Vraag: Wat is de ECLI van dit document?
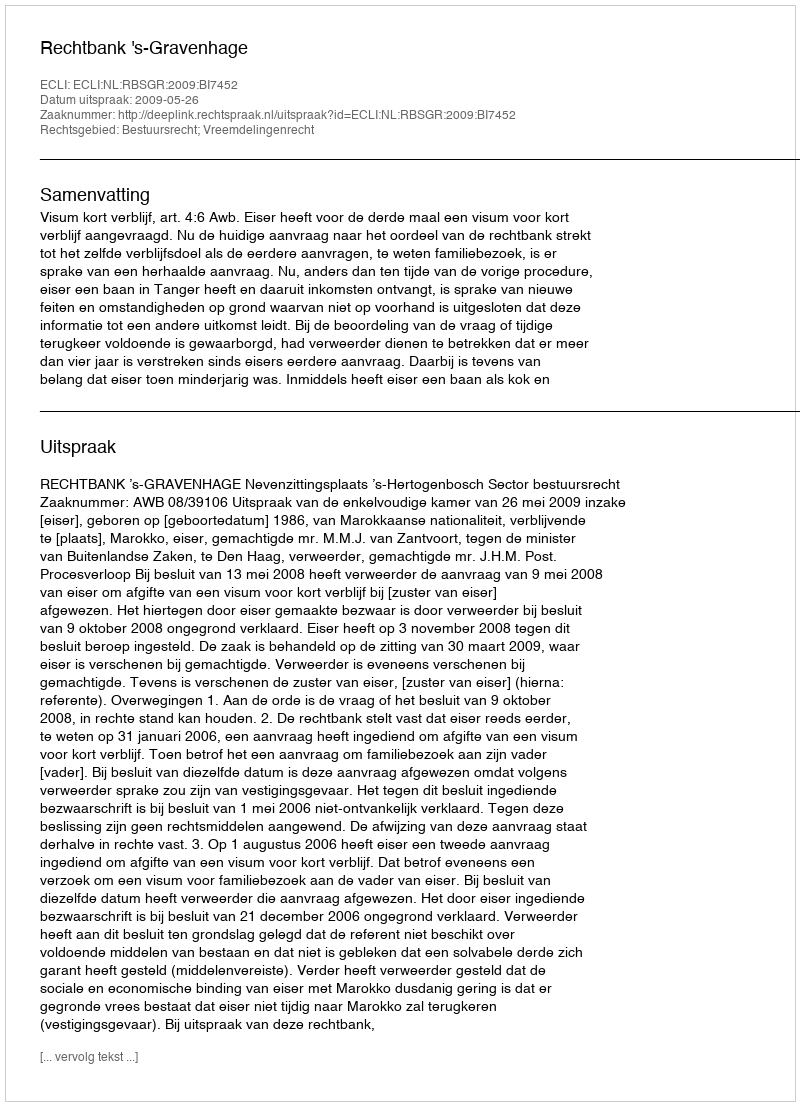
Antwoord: ECLI:NL:RBSGR:2009:BI7452